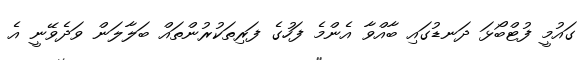
ގައުމީ ފުޓްބޯޅަ ދަނޑުގައި ބާއްވާ އެންމެ ފަހުގެ ފަރިތަކުރުންތައް ބަލާލަން ވަދެވޭނީ އެ